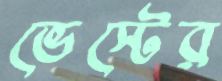
ভেস্টের